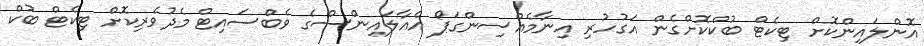
އޮންލައިންކޮށް ޓިކެޓް ބުކްކޮށްގެން އަގުހުރި އިނާމެއްސިންގަޕޯ އެއާލައިންސްގެ ވެބްސައިޓް މެދުވެރިކޮށް ޓިކެޓް ބުކް